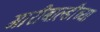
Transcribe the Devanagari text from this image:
गारीबाल्डीच्या